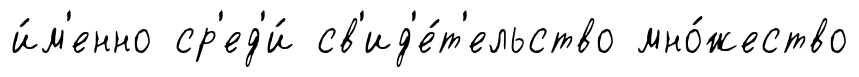
и́м'енно ср'ед'и́ св'ид'е́т'ельство мно́жество